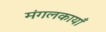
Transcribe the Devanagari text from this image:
मंगलकायाँ